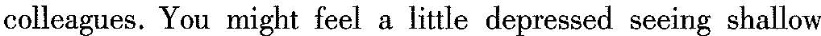
colleagues.You might feel a little depressed seeing shallow